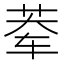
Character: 𰰿